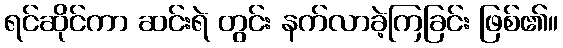
ရင်ဆိုင်ကာ ဆင်းရဲ တွင်း နက်လာခဲ့ကြခြင်း ဖြစ်၏။